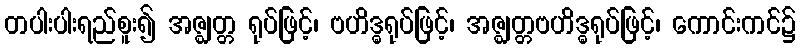
တပါးပါးရည်စူး၍ အဇ္ဈတ္တ ရုပ်ဖြင့်၊ ဗဟိဒ္ဓရုပ်ဖြင့်၊ အဇ္ဈတ္တဗဟိဒ္ဓရုပ်ဖြင့်၊ ကောင်းကင်၌